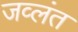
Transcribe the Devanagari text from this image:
जव्लंत